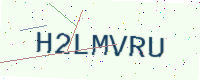
Text: H2LMVRU